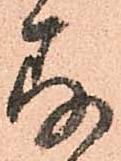
存